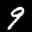
Label: 9